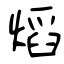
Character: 熖